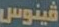
فينوس